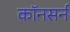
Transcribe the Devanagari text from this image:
कॉनसर्न